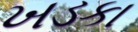
ખડકા